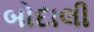
બોદાલી